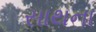
સાથના